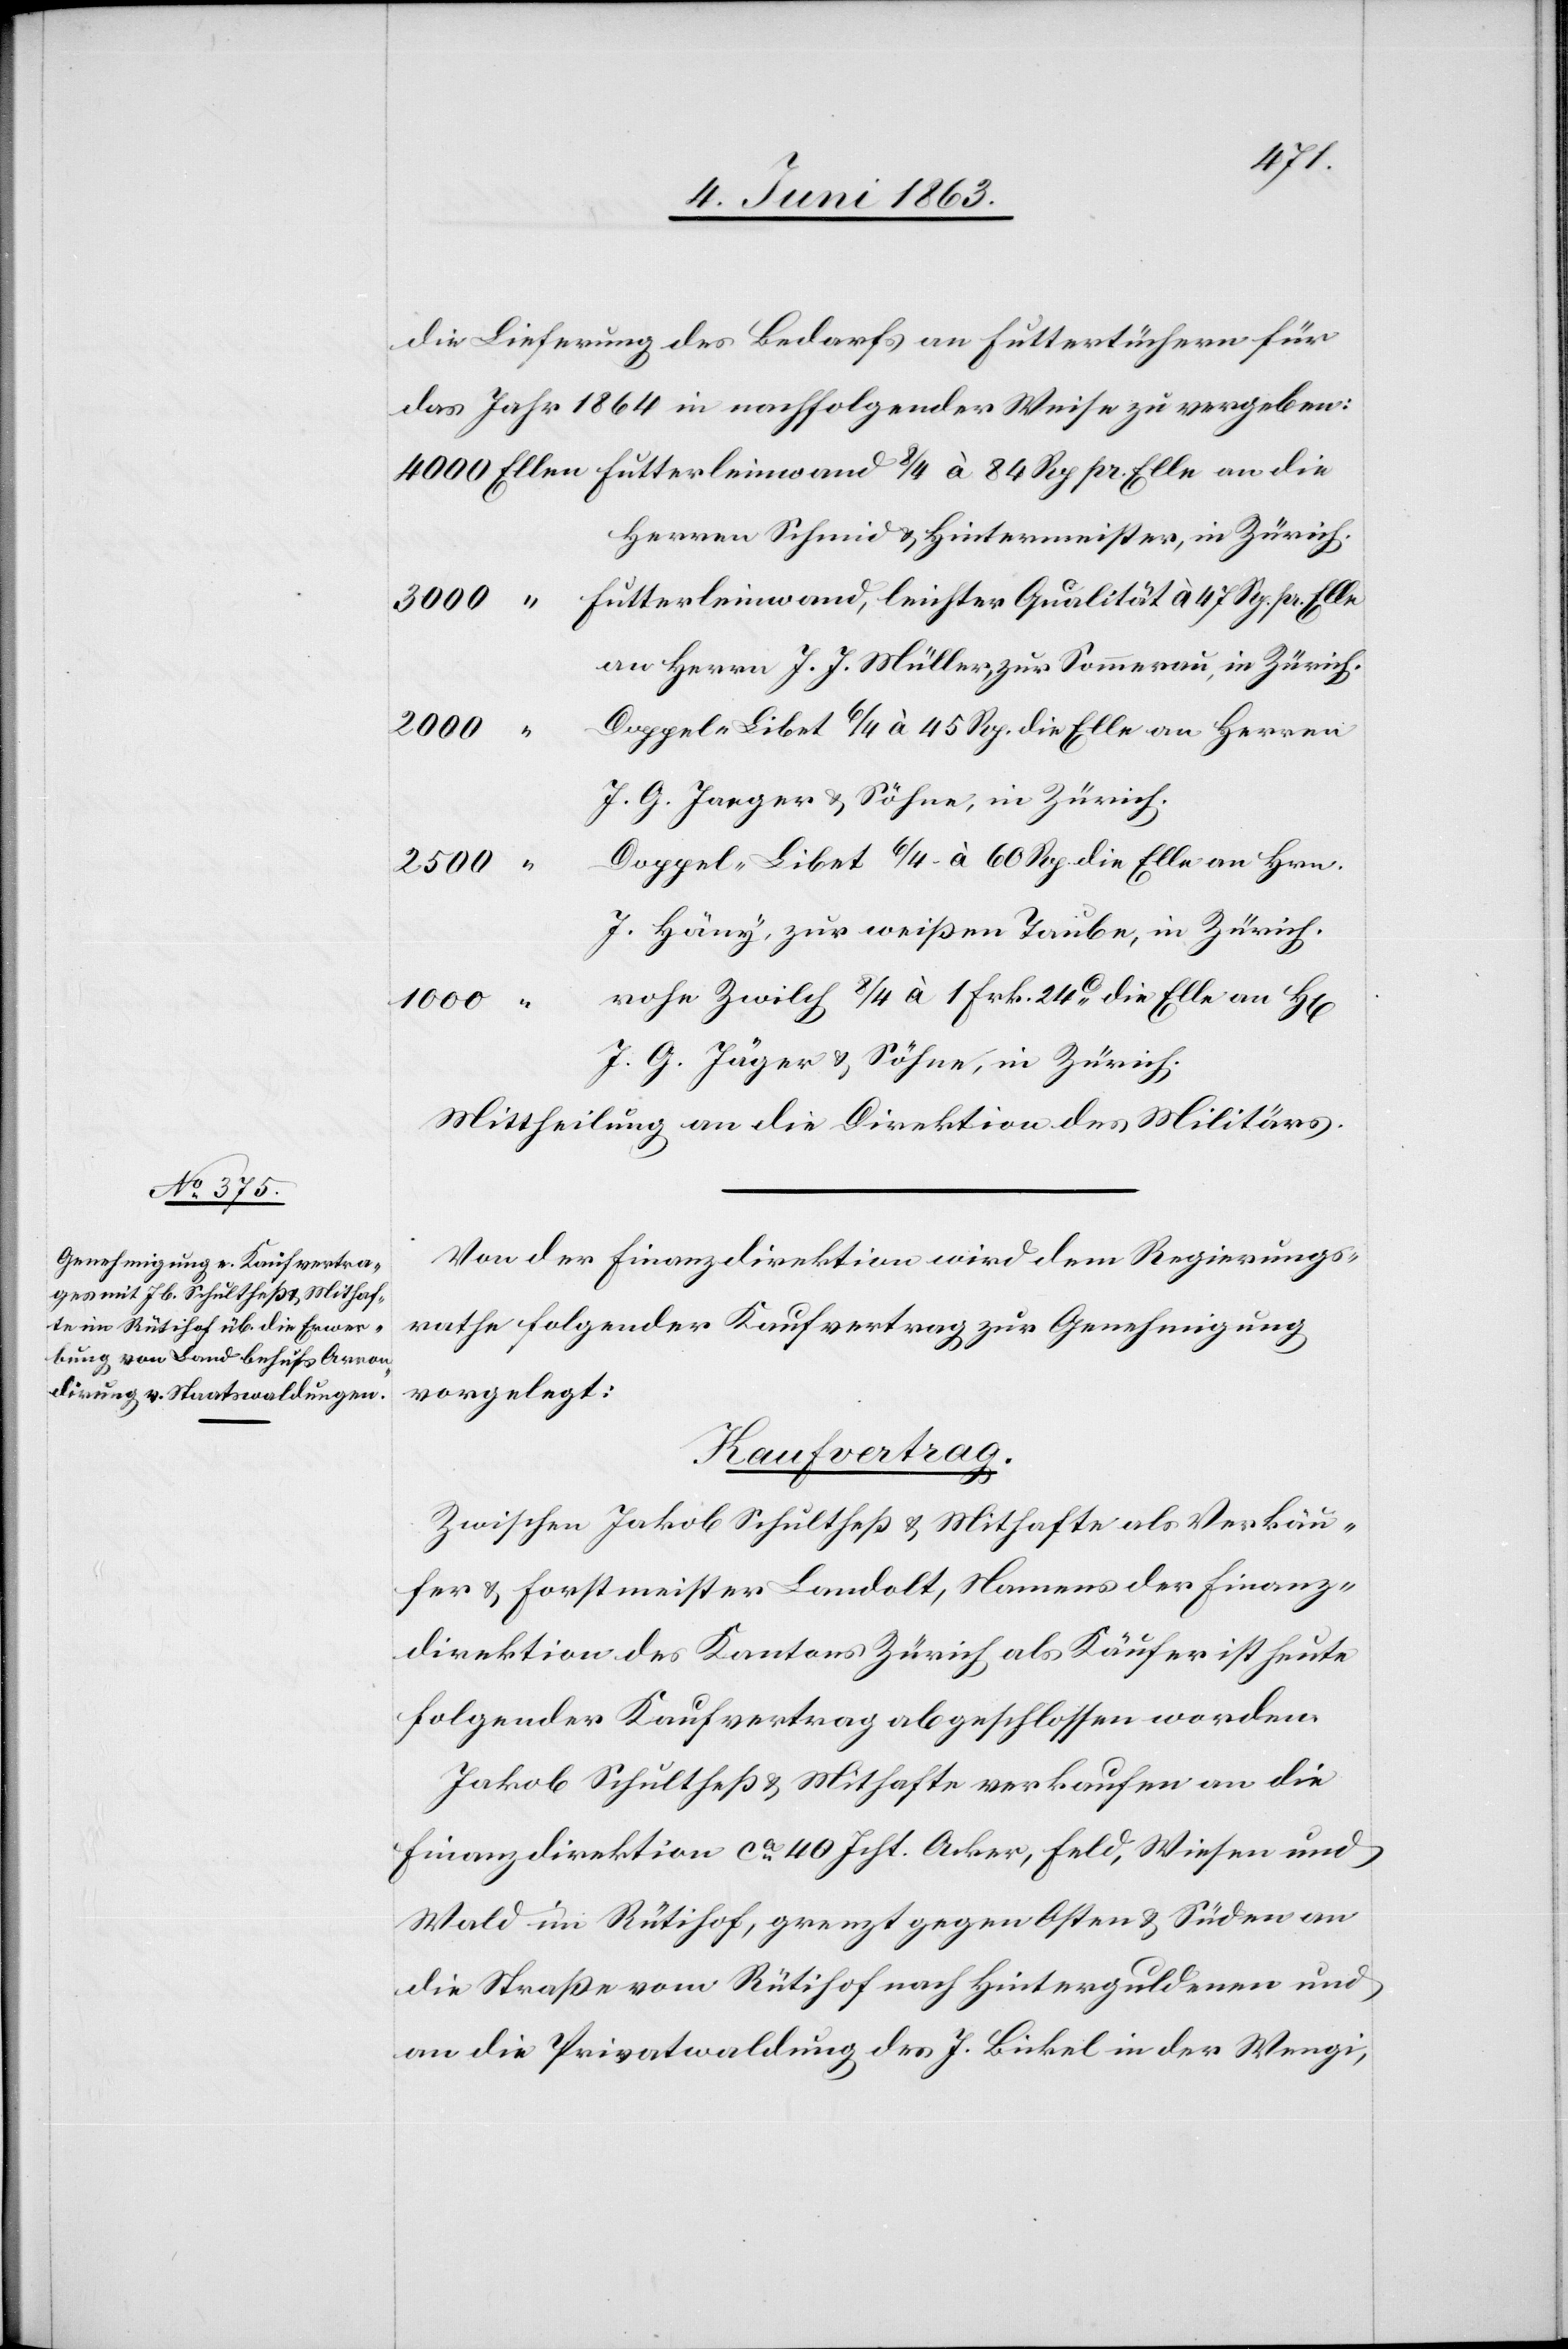
47 Rp.
die Lieferung des Bedarfs an Futtertüchern für
das Jahr 1864 in nachfolgender Weise zu vergeben:
Herren Schmid & Hintermeister, in Zürich.
an Herrn J. J. Müller, zur Sommerau, in Zürich.
Doppel-Libet 6/4 à 45 Rp. die Elle an Herren
3000
J. G. Jäger & Söhne, in Zürich.
Doppel-Libet 6/4 à 60 Rp. die Elle an Hrn.
2500
J. Häny, zur weißen Taube, in Zürich.
rohe Zwilch 8/4 à 1 Frk. 24c die Elle an H[e¬
Mittheilung an die Direktion des Militärs.
Von der Finanzdirektion wird dem Regierungs¬
rathe folgender Kaufvertrag zur Genehmigung
vorgelegt:
Kaufvertrag.
rren]
Zwischen Jakob Schultheß & Mithafte als Verkäu¬
fer & Forstmeister Landolt, Namens der Finanz¬
direktion des Kantons Zürich als Käufer ist heute
folgender Kaufvertrag abgeschlossen worden.
Jakob Schultheß & Mithafte verkaufen an die
Finanzdirektion ca 40 Jcht. Acker, Feld, Wiesen und
Wald im Rütihof, grenzt gegen Osten & Süden an
die Straße vom Rütihof nach Hinterguldenen und
an die Privatwaldung des J. Bickel in der Wengi,